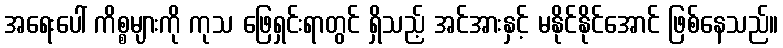
အရေးပေါ် ကိစ္စများကို ကုသ ဖြေရှင်းရာတွင် ရှိသည့် အင်အားနှင့် မနိုင်နိုင်အောင် ဖြစ်နေသည်။